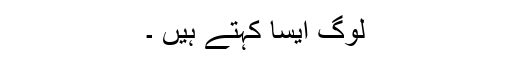
لوگ ایسا کہتے ہیں ۔